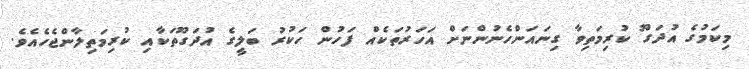
މިކަމުގެ އުދަގޫ ކުރިމަތިވާ ގިނައަންހެނުންނަށް އަހަރުތަކެއް ފަހުން ހަކުރު ބަލީގެ އުދަގޫތަކާއި ކުރިމަތިލާންޖެހެއެވެ.